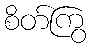
စိတ်ကြွ